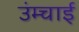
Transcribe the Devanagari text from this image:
उंम्चाई